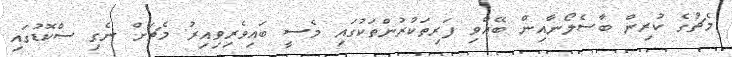
މެޗުގެ ކުރިން ބާސެލޯނާއިން ބޭއްވި ފަރިތަކުރުންތަކުގައި މެސީ ބައިވެރިވިއިރު މެޗަށް ނެގި ސްކޮޑުގައި